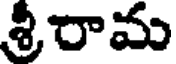
శ్రీరామ